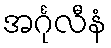
အင်္ဂုလီနံ